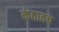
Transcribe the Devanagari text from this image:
कंठातच